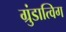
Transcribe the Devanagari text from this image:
ग्रुंडात्विग